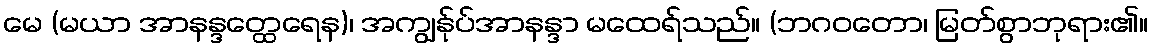
မေ (မယာ အာနန္ဒတ္ထေရေန)၊ အကျွန်ုပ်အာနန္ဒာ မထေရ်သည်။ (ဘဂဝတော၊ မြတ်စွာဘုရား၏။